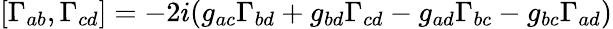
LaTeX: [\Gamma_{ab},\Gamma_{cd}]=-2i(g_{ac}\Gamma_{bd}+g_{bd}\Gamma_{cd}-g_{ad}\Gamma_{bc}-g_{bc}\Gamma_{ad})